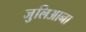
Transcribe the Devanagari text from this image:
जुलिआना